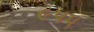
૯૫૫